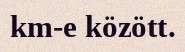
km-e között.